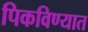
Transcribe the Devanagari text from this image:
पिकविण्यात